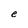
Character: e